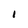
Character: I